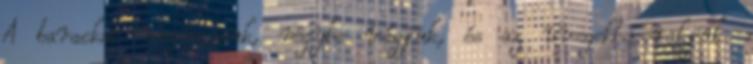
A barackot megmossuk, négybe vágjuk, és az üvegekbe rakjuk.